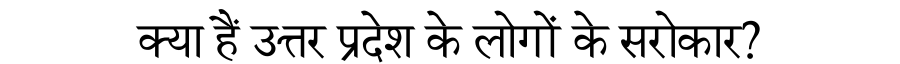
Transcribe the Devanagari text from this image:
क्या हैं उत्तर प्रदेश के लोगों के सरोकार?